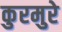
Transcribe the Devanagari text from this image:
कुरमुरे